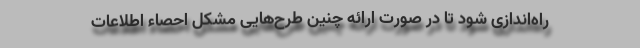
راه‌اندازی شود تا در صورت ارائه چنین طرح‌هایی مشکل احصاء اطلاعات